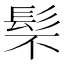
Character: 䯱